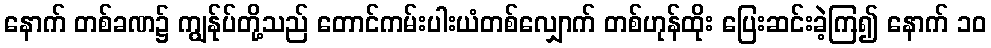
နောက် တစ်ခဏ၌ ကျွန်ုပ်တို့သည် တောင်ကမ်းပါးယံတစ်လျှောက် တစ်ဟုန်ထိုး ပြေးဆင်းခဲ့ကြ၍ နောက် ၁၀